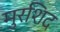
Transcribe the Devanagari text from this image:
मुरशिद